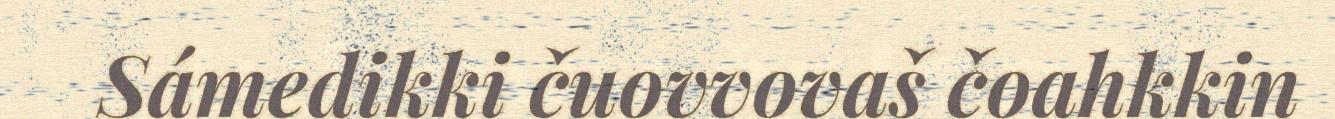
Sámedikki čuovvovaš čoahkkin